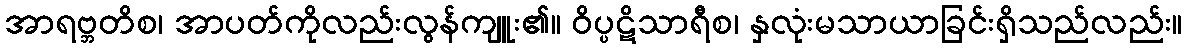
အာရဗ္ဘတိစ၊ အာပတ်ကိုလည်းလွန်ကျူး၏။ ဝိပ္ပဋိသာရီစ၊ နှလုံးမသာယာခြင်းရှိသည်လည်း။